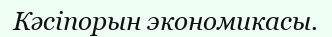
Кәсіпорын экономикасы.